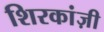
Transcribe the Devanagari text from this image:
शिरकांज़ी